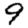
Digit: 9